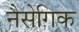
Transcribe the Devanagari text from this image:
नैसेगिक